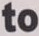
to